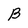
Character: B